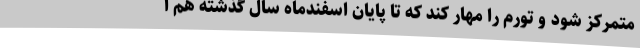
متمرکز شود و تورم را مهار کند که تا پایان اسفندماه سال گذشته هم ا